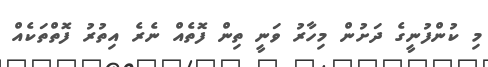
މި ކުންފުނީގެ ދަށުން މިހާރު ވަނީ ތިން ފޮތެއް ނެރެ އިތުރު ފޮތްތަކެއް